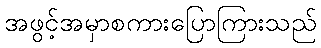
အဖွင့်အမှာစကားပြောကြားသည်